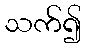
သက်၍